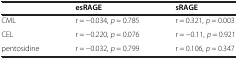
|  | esRAGE | sRAGE |
 | --- | --- | --- |
 | CML | r = -0.034, p = 0.785 | r = 0.321, p = 0.003 |
 | CEL | r = -0.220, p = 0.076 | r = -0.11, p = 0.921 |
 | pentosidine | r = -0.032, p = 0.799 | r = 0.106, p = 0.347 |